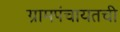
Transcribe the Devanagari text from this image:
ग्रामपंचायतची